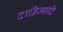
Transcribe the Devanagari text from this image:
दाडिमादि